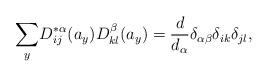
LaTeX: \begin{align*}\underset{y}{\sum }D_{ij}^{\ast \alpha }(a_{y})D_{kl}^{\beta }(a_{y})=\frac{d}{d_{\alpha }}\delta _{\alpha \beta }\delta _{ik}\delta _{jl},\end{align*}